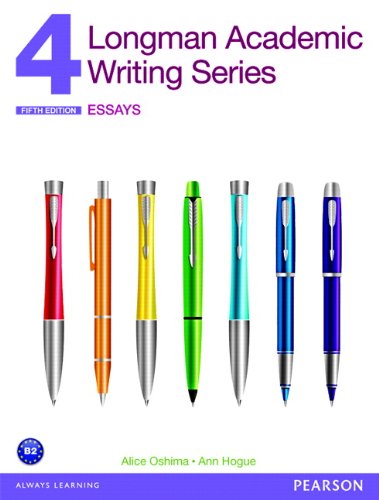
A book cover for Longman Academic Writing Series 4: Essays (5th Edition); Alice Oshima; Reference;